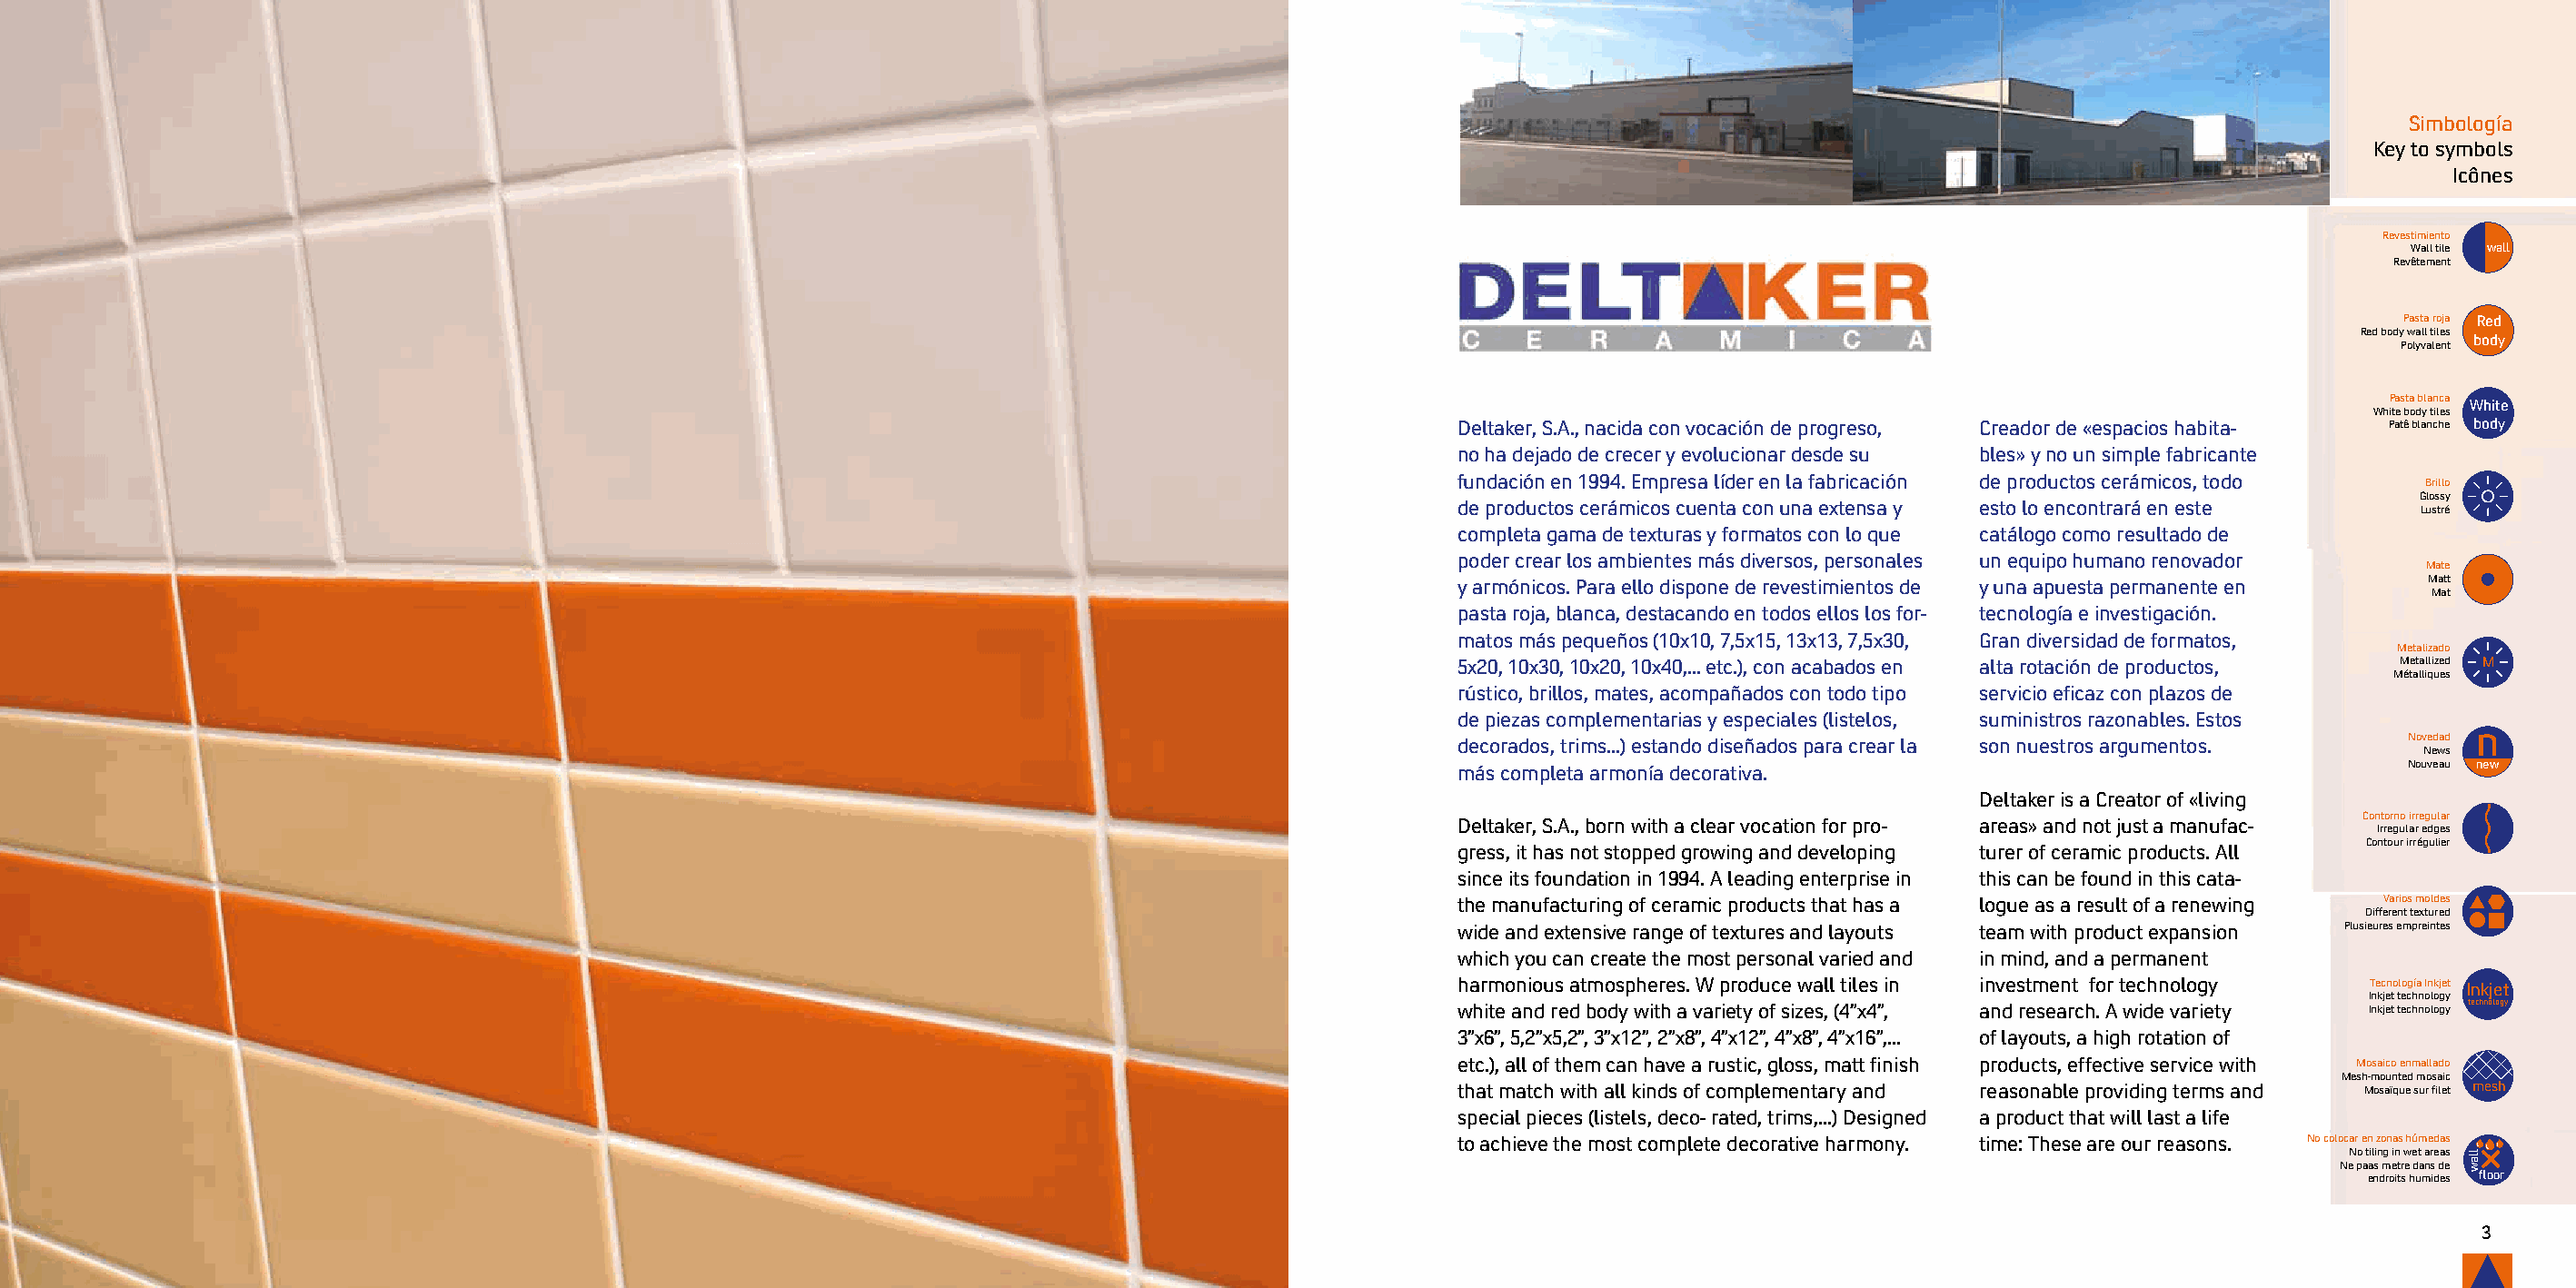
Simbología
 Key to symbols
 Icônes
 Revestimiento
 Wall tile wall
 Revêtement
 Pasta roja Red
 Red body wall tiles
 body
 Polyvalent
 Pasta blanca White
 White body tiles
 Deltaker, S.A., nacida con vocación de progreso, Creador de «espacios habita- Patê blanche body
 no ha dejado de crecer y evolucionar desde su bles» y no un simple fabricante
 fundación en 1994. Empresa líder en la fabricación de productos cerámicos, todo
 Brillo
 Glossy
 de productos cerámicos cuenta con una extensa y esto lo encontrará en este
 Lustré
 completa gama de texturas y formatos con lo que catálogo como resultado de
 poder crear los ambientes más diversos, personales un equipo humano renovador
 Mate
 y armónicos. Para ello dispone de revestimientos de y una apuesta permanente en Matt
 Mat
 pasta roja, blanca, destacando en todos ellos los for- tecnología e investigación.
 matos más pequeños (10x10, 7,5x15, 13x13, 7,5x30, Gran diversidad de formatos,
 Metalizado
 5x20, 10x30, 10x20, 10x40,... etc.), con acabados en alta rotación de productos, Metallized M
 Métalliques
 rústico, brillos, mates, acompañados con todo tipo servicio eficaz con plazos de
 de piezas complementarias y especiales (listelos, suministros razonables. Estos
 n
 decorados, trims...) estando diseñados para crear la son nuestros argumentos. Novedad
 News
 más completa armonía decorativa.                                     Nouveau new
 Deltaker is a Creator of «living
 Contorno irregular
 Deltaker, S.A., born with a clear vocation for pro- areas» and not just a manufac-
 Irregular edges
 Contour irrégulier
 gress, it has not stopped growing and developing turer of ceramic products. All
 since its foundation in 1994. A leading enterprise in this can be found in this cata-
 the manufacturing of ceramic products that has a logue as a result of a renewing Varios moldes
 Different textured
 wide and extensive range of textures and layouts team with product expansion Plusieures empreintes
 which you can create the most personal varied and in mind, and a permanent
 harmonious atmospheres. W produce wall tiles in investment for technology Tecnología Inkjet Inkjet
 Inkjet technology
 white and red body with a variety of sizes, (4”x4”, and research. A wide variety Inkjet technology technology
 3”x6”, 5,2”x5,2”, 3”x12”, 2”x8”, 4”x12”, 4”x8”, 4”x16”,... of layouts, a high rotation of
 etc.), all of them can have a rustic, gloss, matt finish products, effective service with Mosaico enmallado
 Mesh-mounted mosaic
 that match with all kinds of complementary and reasonable providing terms and Mosaïque sur filet mesh
 special pieces (listels, deco- rated, trims,...) Designed a product that will last a life
 to achieve the most complete decorative harmony. time: These are our reasons. No colocar en zonas húmedas
 No tiling in wet areas
 Ne paas metre dans de
 endroits humides floor
 2                                                                                                                                                                                 3
 llaw